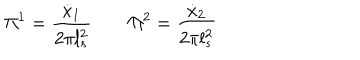
LaTeX: \Pi ^ { 1 } = \frac { \dot { x } _ { 1 } } { 2 \pi l _ { s } ^ { 2 } } \qquad \Pi ^ { 2 } = \frac { \dot { x } _ { 2 } } { 2 \pi l _ { s } ^ { 2 } }